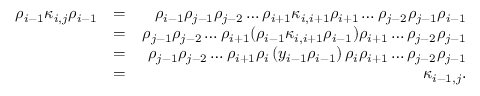
\begin{array} { r l r } { \rho _ { i - 1 } \kappa _ { i , j } \rho _ { i - 1 } } & { = } & { \rho _ { i - 1 } \rho _ { j - 1 } \rho _ { j - 2 } \ldots \rho _ { i + 1 } \kappa _ { i , i + 1 } \rho _ { i + 1 } \ldots \rho _ { j - 2 } \rho _ { j - 1 } \rho _ { i - 1 } } \\ & { = } & { \rho _ { j - 1 } \rho _ { j - 2 } \ldots \rho _ { i + 1 } ( \rho _ { i - 1 } \kappa _ { i , i + 1 } \rho _ { i - 1 } ) \rho _ { i + 1 } \ldots \rho _ { j - 2 } \rho _ { j - 1 } } \\ & { = } & { \rho _ { j - 1 } \rho _ { j - 2 } \ldots \rho _ { i + 1 } \rho _ { i } \left( y _ { i - 1 } \rho _ { i - 1 } \right) \rho _ { i } \rho _ { i + 1 } \ldots \rho _ { j - 2 } \rho _ { j - 1 } } \\ & { = } & { \kappa _ { i - 1 , j } . } \end{array}